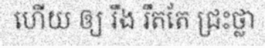
ហើយ ឲ្យ រឹង រឹតតែ ជ្រះថ្លា